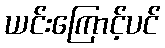
ယင်းကြောင့်ပင်